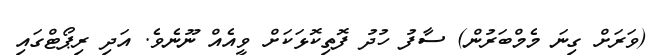
(ވަރަށް ގިނަ މެމްބަރުން) ސާފު ހުދު ފޮތިކޮޅަކަށް ވީއެއް ނޫނެވެ. އަދި ރިޕޯޓްގައި